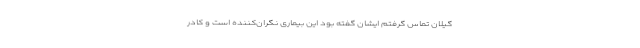
گیلان تماس گرفتم ایشان گفته بود این بیماری نگران‌کننده است و کادر